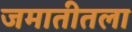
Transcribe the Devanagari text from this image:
जमातीतला